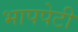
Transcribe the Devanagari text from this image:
भापपेटी